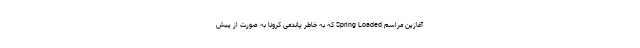
آغازین مراسم Spring Loaded که به خاطر پاندمی کرونا به صورت از پیش